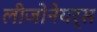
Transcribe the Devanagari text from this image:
लीजोनेयर्स